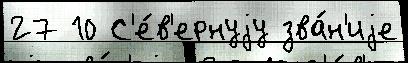
27 10 С'е́в'ернуjу зва́н'иjе